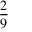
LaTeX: \frac { 2 } { 9 }